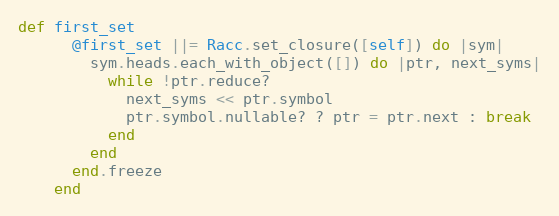
Language: Ruby
def first_set
      @first_set ||= Racc.set_closure([self]) do |sym|
        sym.heads.each_with_object([]) do |ptr, next_syms|
          while !ptr.reduce?
            next_syms << ptr.symbol
            ptr.symbol.nullable? ? ptr = ptr.next : break
          end
        end
      end.freeze
    end